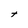
Character: t